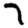
Digit: 7